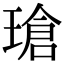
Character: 瑲